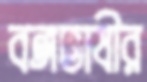
বঙ্গভাষীর